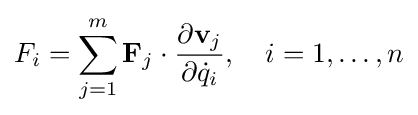
F_{i}=\sum _{j=1}^{m}\mathbf {F} _{j}\cdot {\frac {\partial \mathbf {v} _{j}}{\partial {\dot {q}}_{i}}},\quad i=1,\ldots ,n